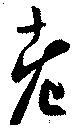
老